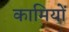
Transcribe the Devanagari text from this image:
कामियों